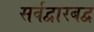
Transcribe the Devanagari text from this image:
सर्वद्वारबद्व